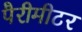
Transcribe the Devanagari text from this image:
पैरीमीटर